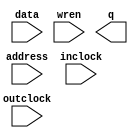
// megafunction wizard: %RAM: 1-PORT%VBB%
// GENERATION: STANDARD
// VERSION: WM1.0
// MODULE: altsyncram 

// ============================================================
// Megafunction Name(s):
// 			altsyncram
//
// Simulation Library Files(s):
// 			altera_mf
// ============================================================
// ************************************************************
// THIS IS A WIZARD-GENERATED FILE. DO NOT EDIT THIS FILE!
//
// 15.1.0 Build 185 10/21/2015 SJ Lite Edition
// ************************************************************

//Copyright (C) 1991-2015 Altera Corporation. All rights reserved.
//Your use of Altera Corporation's design tools, logic functions 
//and other software and tools, and its AMPP partner logic 
//functions, and any output files from any of the foregoing 
//(including device programming or simulation files), and any 
//associated documentation or information are expressly subject 
//to the terms and conditions of the Altera Program License 
//Subscription Agreement, the Altera Quartus Prime License Agreement,
//the Altera MegaCore Function License Agreement, or other 
//applicable license agreement, including, without limitation, 
//that your use is for the sole purpose of programming logic 
//devices manufactured by Altera and sold by Altera or its 
//authorized distributors.  Please refer to the applicable 
//agreement for further details.

module AsciiMatrix (
	address,
	data,
	inclock,
	outclock,
	wren,
	q);

	input	[14:0]  address;
	input	[7:0]  data;
	input	  inclock;
	input	  outclock;
	input	  wren;
	output	[7:0]  q;
`ifndef ALTERA_RESERVED_QIS
// synopsys translate_off
`endif
	tri1	  inclock;
`ifndef ALTERA_RESERVED_QIS
// synopsys translate_on
`endif

endmodule

// ============================================================
// CNX file retrieval info
// ============================================================
// Retrieval info: PRIVATE: ADDRESSSTALL_A NUMERIC "0"
// Retrieval info: PRIVATE: AclrAddr NUMERIC "0"
// Retrieval info: PRIVATE: AclrByte NUMERIC "0"
// Retrieval info: PRIVATE: AclrData NUMERIC "0"
// Retrieval info: PRIVATE: AclrOutput NUMERIC "0"
// Retrieval info: PRIVATE: BYTE_ENABLE NUMERIC "0"
// Retrieval info: PRIVATE: BYTE_SIZE NUMERIC "8"
// Retrieval info: PRIVATE: BlankMemory NUMERIC "0"
// Retrieval info: PRIVATE: CLOCK_ENABLE_INPUT_A NUMERIC "0"
// Retrieval info: PRIVATE: CLOCK_ENABLE_OUTPUT_A NUMERIC "0"
// Retrieval info: PRIVATE: Clken NUMERIC "0"
// Retrieval info: PRIVATE: DataBusSeparated NUMERIC "1"
// Retrieval info: PRIVATE: IMPLEMENT_IN_LES NUMERIC "0"
// Retrieval info: PRIVATE: INIT_FILE_LAYOUT STRING "PORT_A"
// Retrieval info: PRIVATE: INIT_TO_SIM_X NUMERIC "0"
// Retrieval info: PRIVATE: INTENDED_DEVICE_FAMILY STRING "Cyclone V"
// Retrieval info: PRIVATE: JTAG_ENABLED NUMERIC "0"
// Retrieval info: PRIVATE: JTAG_ID STRING "NONE"
// Retrieval info: PRIVATE: MAXIMUM_DEPTH NUMERIC "0"
// Retrieval info: PRIVATE: MIFfilename STRING "Ascii splash.mif"
// Retrieval info: PRIVATE: NUMWORDS_A NUMERIC "32768"
// Retrieval info: PRIVATE: RAM_BLOCK_TYPE NUMERIC "0"
// Retrieval info: PRIVATE: READ_DURING_WRITE_MODE_PORT_A NUMERIC "3"
// Retrieval info: PRIVATE: RegAddr NUMERIC "1"
// Retrieval info: PRIVATE: RegData NUMERIC "1"
// Retrieval info: PRIVATE: RegOutput NUMERIC "1"
// Retrieval info: PRIVATE: SYNTH_WRAPPER_GEN_POSTFIX STRING "0"
// Retrieval info: PRIVATE: SingleClock NUMERIC "0"
// Retrieval info: PRIVATE: UseDQRAM NUMERIC "1"
// Retrieval info: PRIVATE: WRCONTROL_ACLR_A NUMERIC "0"
// Retrieval info: PRIVATE: WidthAddr NUMERIC "15"
// Retrieval info: PRIVATE: WidthData NUMERIC "8"
// Retrieval info: PRIVATE: rden NUMERIC "0"
// Retrieval info: LIBRARY: altera_mf altera_mf.altera_mf_components.all
// Retrieval info: CONSTANT: CLOCK_ENABLE_INPUT_A STRING "BYPASS"
// Retrieval info: CONSTANT: CLOCK_ENABLE_OUTPUT_A STRING "BYPASS"
// Retrieval info: CONSTANT: INIT_FILE STRING "Ascii splash.mif"
// Retrieval info: CONSTANT: INTENDED_DEVICE_FAMILY STRING "Cyclone V"
// Retrieval info: CONSTANT: LPM_TYPE STRING "altsyncram"
// Retrieval info: CONSTANT: NUMWORDS_A NUMERIC "32768"
// Retrieval info: CONSTANT: OPERATION_MODE STRING "SINGLE_PORT"
// Retrieval info: CONSTANT: OUTDATA_ACLR_A STRING "NONE"
// Retrieval info: CONSTANT: OUTDATA_REG_A STRING "CLOCK1"
// Retrieval info: CONSTANT: POWER_UP_UNINITIALIZED STRING "FALSE"
// Retrieval info: CONSTANT: READ_DURING_WRITE_MODE_PORT_A STRING "NEW_DATA_NO_NBE_READ"
// Retrieval info: CONSTANT: WIDTHAD_A NUMERIC "15"
// Retrieval info: CONSTANT: WIDTH_A NUMERIC "8"
// Retrieval info: CONSTANT: WIDTH_BYTEENA_A NUMERIC "1"
// Retrieval info: USED_PORT: address 0 0 15 0 INPUT NODEFVAL "address[14..0]"
// Retrieval info: USED_PORT: data 0 0 8 0 INPUT NODEFVAL "data[7..0]"
// Retrieval info: USED_PORT: inclock 0 0 0 0 INPUT VCC "inclock"
// Retrieval info: USED_PORT: outclock 0 0 0 0 INPUT NODEFVAL "outclock"
// Retrieval info: USED_PORT: q 0 0 8 0 OUTPUT NODEFVAL "q[7..0]"
// Retrieval info: USED_PORT: wren 0 0 0 0 INPUT NODEFVAL "wren"
// Retrieval info: CONNECT: @address_a 0 0 15 0 address 0 0 15 0
// Retrieval info: CONNECT: @clock0 0 0 0 0 inclock 0 0 0 0
// Retrieval info: CONNECT: @clock1 0 0 0 0 outclock 0 0 0 0
// Retrieval info: CONNECT: @data_a 0 0 8 0 data 0 0 8 0
// Retrieval info: CONNECT: @wren_a 0 0 0 0 wren 0 0 0 0
// Retrieval info: CONNECT: q 0 0 8 0 @q_a 0 0 8 0
// Retrieval info: GEN_FILE: TYPE_NORMAL AsciiMatrix.v TRUE
// Retrieval info: GEN_FILE: TYPE_NORMAL AsciiMatrix.inc FALSE
// Retrieval info: GEN_FILE: TYPE_NORMAL AsciiMatrix.cmp FALSE
// Retrieval info: GEN_FILE: TYPE_NORMAL AsciiMatrix.bsf FALSE
// Retrieval info: GEN_FILE: TYPE_NORMAL AsciiMatrix_inst.v TRUE
// Retrieval info: GEN_FILE: TYPE_NORMAL AsciiMatrix_bb.v TRUE
// Retrieval info: LIB_FILE: altera_mf